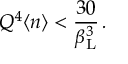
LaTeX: N _ { \ell ^ { + } T } \sim B ( B ^ { - } \rightarrow T X ) + ( 1 - 2 \chi ) B ( \overline { { B } } _ { d } \rightarrow T X ) + 2 \chi \; B ( B _ { d } \rightarrow T X ) \; .